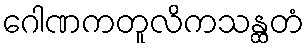
ဂေါဏကတူလိကသန္ထတံ